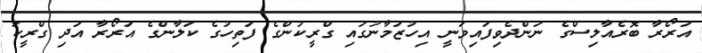
އަރޯރާ ބޮރެއާލިސްގެ ނަންދެވިފައިވަނީ އިހުޒަމާނުގައި ގްރީކުންގެ ފަތިހުގެ ކަލާންގެ އަރޯރާ އަދި ގްރީކު